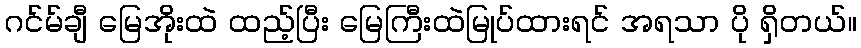
ဂင်မ်ချီ မြေအိုးထဲ ထည့်ပြီး မြေကြီးထဲမြုပ်ထားရင် အရသာ ပို ရှိတယ်။